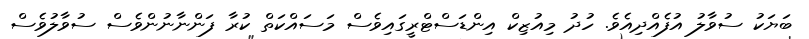
ބަޔަކު ސުވާލު އުފެއްދިއެވެ. ހުދު މިއުޒިކް އިންޑަސްޓްރީގައިވެސް މަސައްކަތް ކުރާ ފަންނާނުންވެސް ސުވާލުވެސް